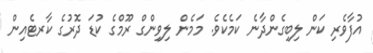
އުފާވެރި ކަން ލިބިގެންދާނެ ކަމެކެވެ. މަމެން ލިވިންގް ރޫމްގެ ކުޑަ ދޮރުގެ ކާރޓެއިން